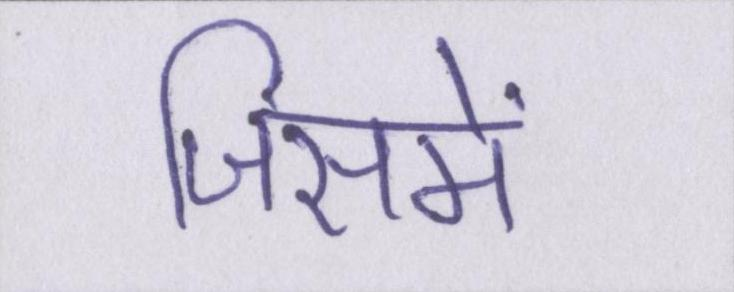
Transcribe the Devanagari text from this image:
जिसमें